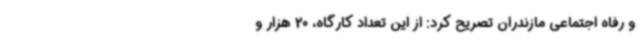
و رفاه اجتماعی مازندران تصریح کرد: از این تعداد کارگاه، 20 هزار و